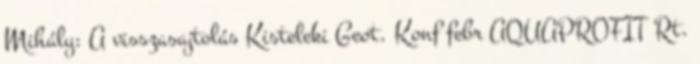
Mihály: A visszasajtolás Kisteleki Geot. Konf febr AQUAPROFIT Rt.